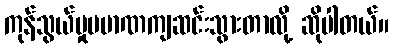
ကုန်သွယ်မှုပမာဏကျဆင်းသွားတာလို့ ဆိုပါတယ်။